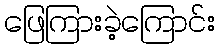
ဖြေကြားခဲ့ကြောင်း